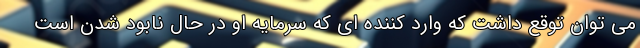
می توان توقع داشت که وارد کننده ای که سرمایه او در حال نابود شدن است